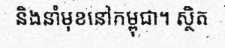
និងនាំមុខនៅកម្ពុជា។ ស្ថិត